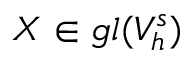
X \in \mathfrak { g l } ( V _ { h } ^ { s } )